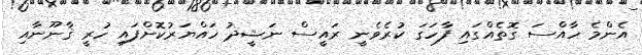
އެންމެ ހާއްސަ ގޮތެއްގައި ފާހަގަ ކުރެވެނީ ރައީސް ނަޝީދު ހައްޔަރުކޮށްފައި ހުރީ ޤާނޫނާއި